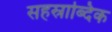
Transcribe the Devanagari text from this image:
सहस्राब्दिक